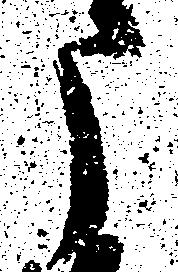
う